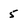
Character: 5